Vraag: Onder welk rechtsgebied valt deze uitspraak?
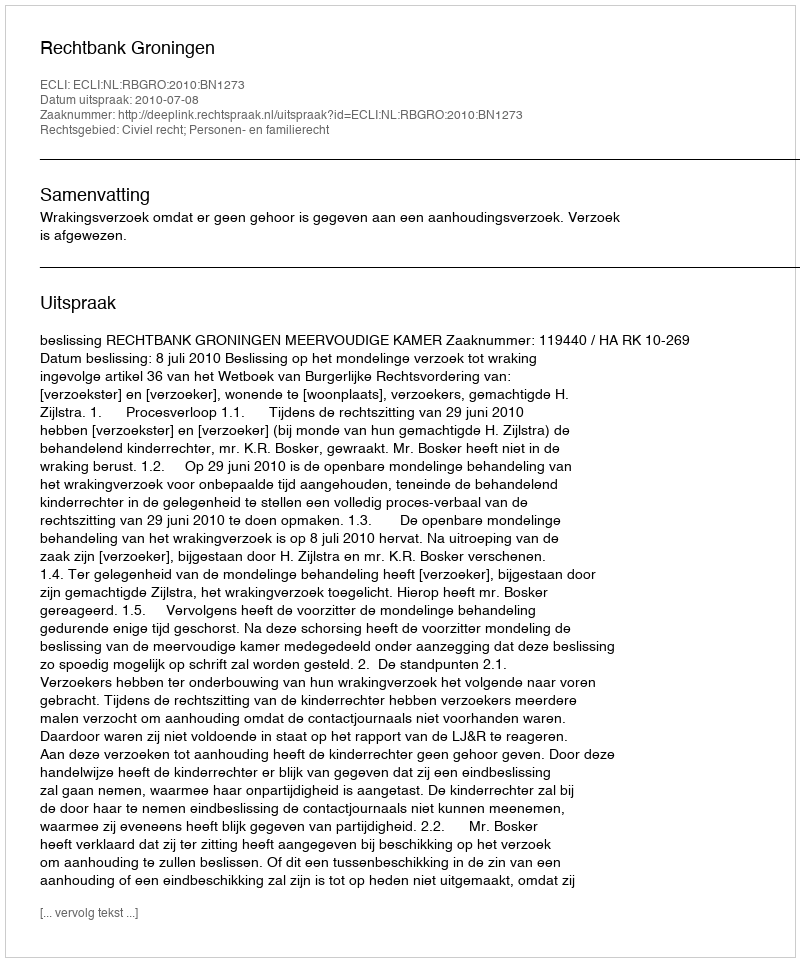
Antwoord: Civiel recht; Personen- en familierecht